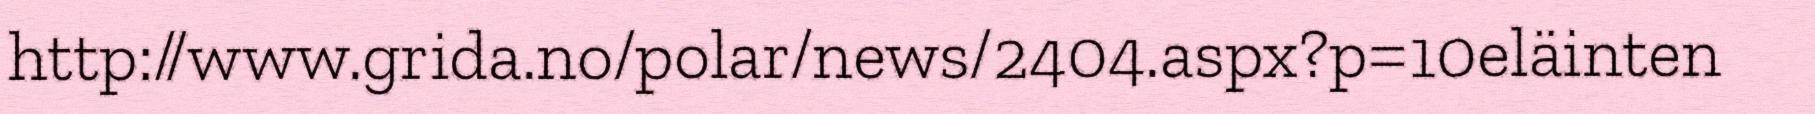
http://www.grida.no/polar/news/2404.aspx?p=10eläinten